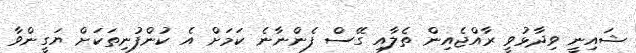
ޝައިނީ ވިދާޅުވީ ރާއްޖެއިން ތެލާއި ގޭސް ފެންނާނެ ކަމަށް އެ ކުންފުނިތަކަށް ޔަގީންވާ